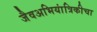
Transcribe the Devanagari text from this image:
जैवअभियांत्रिकीचा